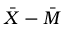
{ \bar { X } } - { \bar { M } }